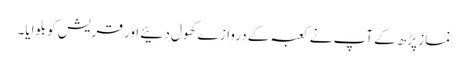
نماز پڑھ کے آپ نے کعبہ کے دروازے کھول دئیے اور قریش کو بلوایا۔